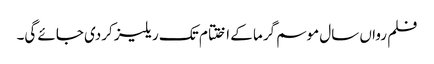
فلم رواں سال موسم گرما کے اختتام تک ریلیز کردی جائے گی۔